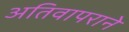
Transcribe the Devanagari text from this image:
अतिवापराने